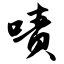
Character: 啧